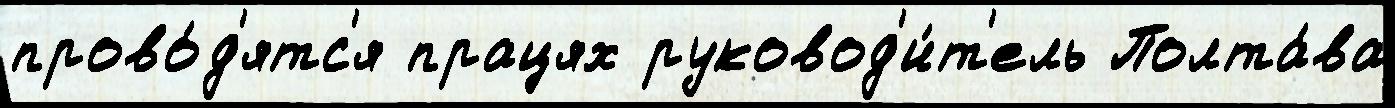
прово́д'ятс'я працях руковод'и́т'ель Полта́ва